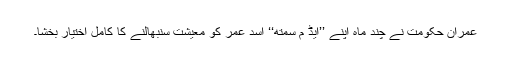
عمران حکومت نے چند ماہ اپنے ’’ایڈ م سمتھ‘‘ اسد عمر کو معیشت سنبھالنے کا کامل اختیار بخشا۔